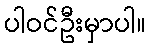
ပါဝင်ဦးမှာပါ။